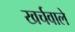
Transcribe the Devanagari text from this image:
खर्चवाले